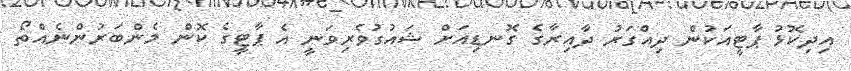
އިދިކޮޅު ޕާޓީއަކުން ދިއްގަރު ދާއިރާގެ ގޮނޑިއަށް ޝައުގުވެރިވަނީ އެ ޕާޓީގެ ކޮން މެންބަރުންނެއްތޯ